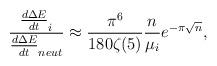
LaTeX: \begin{align*}\frac{ \frac{d\Delta E}{dt}_{i}}{ \frac{d\Delta E}{dt}_{neut}} \approx \frac{\pi^6}{180 \zeta(5)} \frac{n}{\mu_{i}} e^{- \pi \sqrt{n}},\end{align*}